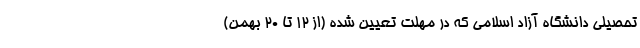
تحصیلی دانشگاه آزاد اسلامی که در مهلت تعیین شده (از ۱۲ تا ۲۰ بهمن)